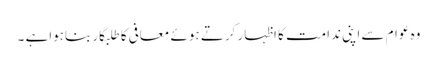
وہ عوام سے اپنی ندامت کا اظہار کرتے ہوئے معافی کا طلبگار بناہواہے ۔